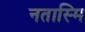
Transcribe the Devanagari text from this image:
नतास्मि